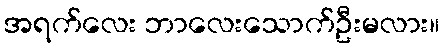
အရက်လေး ဘာလေးသောက်ဦးမလား။